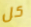
كل